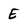
Character: E